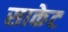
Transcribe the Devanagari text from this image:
साकेट